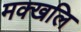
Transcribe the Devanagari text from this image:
मक्खलि